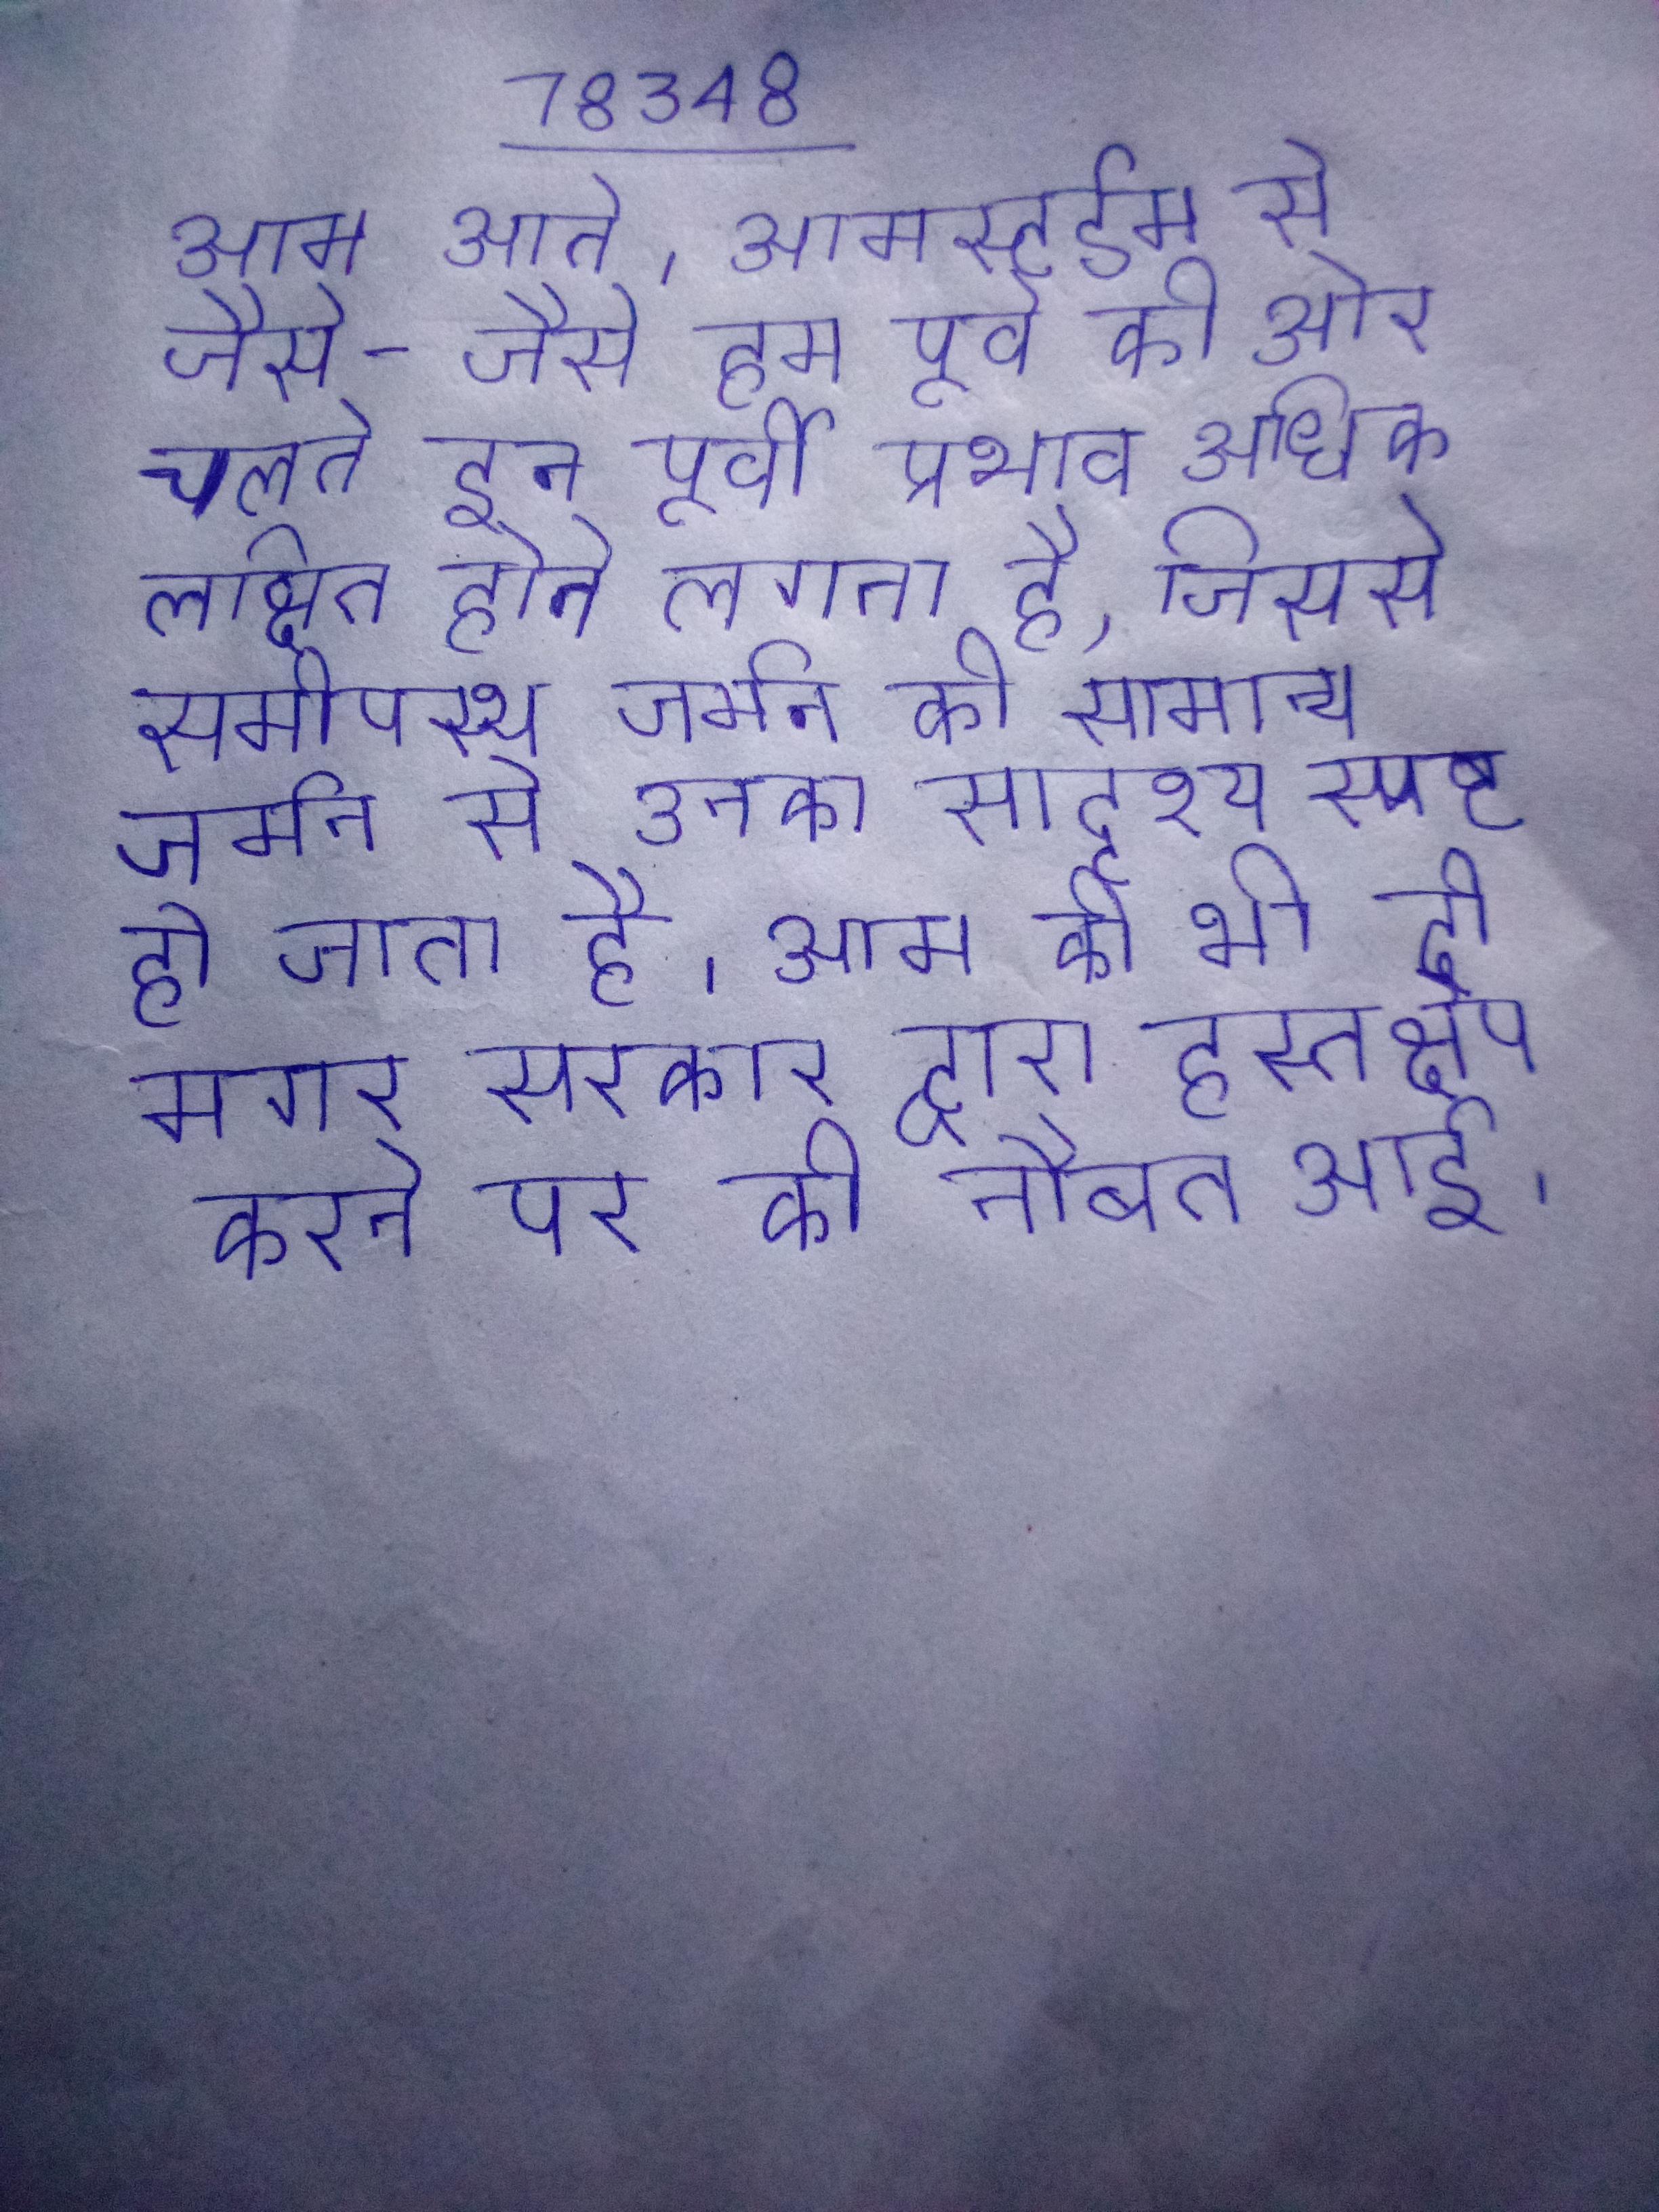
आम आते । आमस्टर्डम से जैसे-जैसे हम पूर्व की ओर चलते इन पूर्वी प्रभाव अधिक लक्षित होने लगता है, जिससे समीपस्थ जर्मन की सामान्य जर्मन से उनका सादृश्य स्पष्ट हो जाता है । आम मार्ग, महाधमनी और नकसीर शामिल । आम की भी दी मगर सरकार द्वारा हस्तक्षेप करने पर की नौबत आई ।